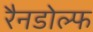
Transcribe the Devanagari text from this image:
रैनडोल्फ